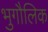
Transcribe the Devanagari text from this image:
भुगौलिक